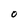
Character: O